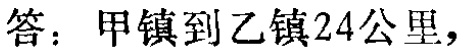
答：甲镇到乙镇24公里，